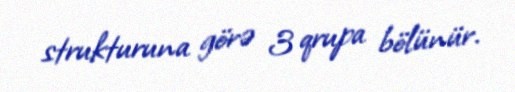
strukturuna görə 3 qrupa bölünür.